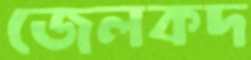
জেলকদ